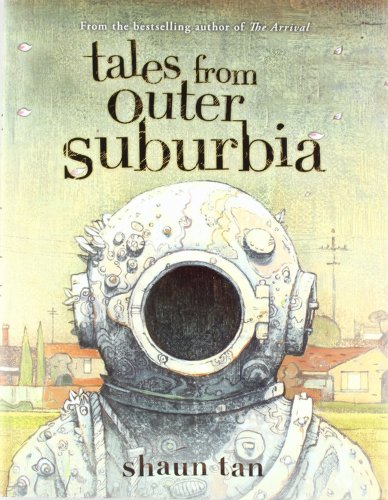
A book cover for Tales From Outer Suburbia; Shaun Tan; Teen & Young Adult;